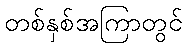
တစ်နှစ်အကြာတွင်